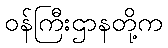
ဝန်ကြီးဌာနတို့က